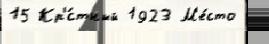
15 Кр'́стный 1923 М'е́сто